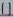
Text: 11